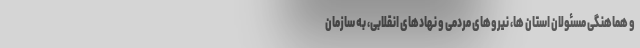
و هماهنگی مسئولان استان ها، نیروهای مردمی و نهادهای انقلابی، به سازمان